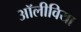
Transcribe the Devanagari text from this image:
अॉलीविया